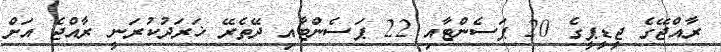
ރާއްޖޭގެ ޖީޑީޕީގެ 20 ޕަސެންޓާއި 22 ޕަސެންޓާއި ދޭތެރޭ ޚަރަދުކުރަނީ ރާއްޖެ އަށް